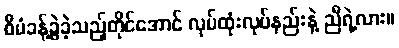
စီမံခန့်ခွဲခဲ့သည့်တိုင်အောင် လုပ်ထုံးလုပ်နည်းနဲ့ ညီရဲ့လား။